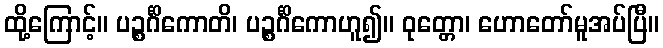
ထို့ကြောင့်။ ပဉ္စင်္ဂိကောတိ၊ ပဉ္စင်္ဂိကောဟူ၍။ ဝုတ္တော၊ ဟောတော်မူအပ်ပြီ။